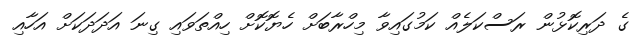
ގެ ދަރިކޮޅުން ރަސްކަލެއް ކަމުގައިވާ މިހްރާބަށް ހެޔޮކޮށް ހިއްތަވައި ގިނަ އަދަދަކަށް އަހާއި